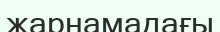
жарнамадағы